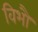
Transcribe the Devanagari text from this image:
विभौ